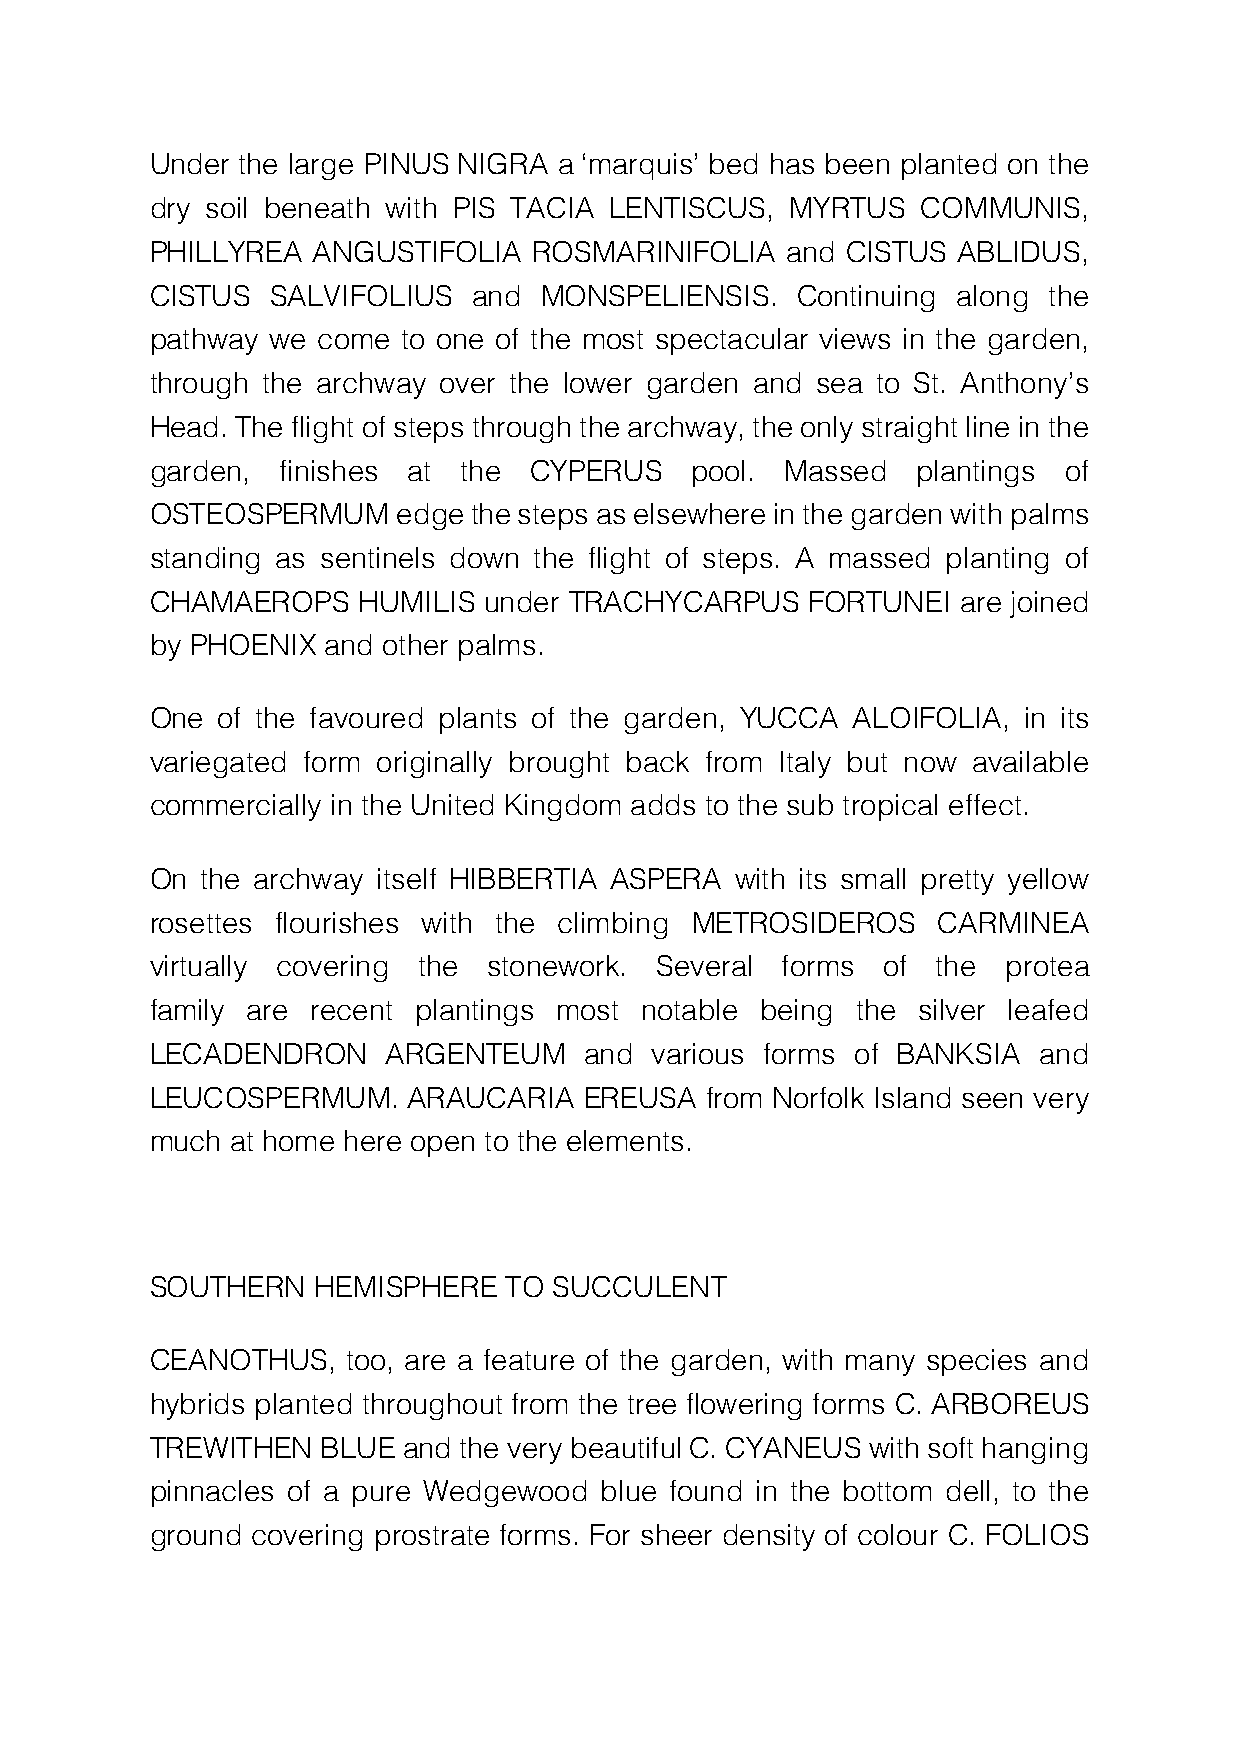
Under the large PINUS NIGRA a ‘marquis’ bed has been planted on the
 dry soil beneath with PIS TACIA LENTISCUS, MYRTUS  COMMUNIS,
 PHILLYREA  ANGUSTIFOLIA  ROSMARINIFOLIA   and CISTUS ABLIDUS,
 CISTUS  SALVIFOLIUS  and  MONSPELIENSIS.   Continuing along the
 pathway we come  to one of the most spectacular views in the garden,
 through the archway over the lower garden and sea to St. Anthony’s
 Head. The flight of steps through the archway, the only straight line in the
 garden,  finishes at the CYPERUS    pool. Massed   plantings of
 OSTEOSPERMUM    edge the steps as elsewhere in the garden with palms
 standing as sentinels down the flight of steps. A massed planting of
 CHAMAEROPS    HUMILIS under TRACHYCARPUS    FORTUNEI  are joined
 by PHOENIX and other palms.
 One of the favoured plants of the garden, YUCCA ALOIFOLIA, in its
 variegated form originally brought back from Italy but now available
 commercially in the United Kingdom adds to the sub tropical effect.
 On the archway itself HIBBERTIA ASPERA with its small pretty yellow
 rosettes flourishes with the climbing METROSIDEROS  CARMINEA
 virtually covering the stonework. Several forms of  the  protea
 family are recent plantings most notable being the silver leafed
 LECADENDRON     ARGENTEUM    and various forms of BANKSIA  and
 LEUCOSPERMUM.    ARAUCARIA   EREUSA  from Norfolk Island seen very
 much at home here open to the elements.
 SOUTHERN   HEMISPHERE  TO  SUCCULENT
 CEANOTHUS,   too, are a feature of the garden, with many species and
 hybrids planted throughout from the tree flowering forms C. ARBOREUS
 TREWITHEN  BLUE  and the very beautiful C. CYANEUS with soft hanging
 pinnacles of a pure Wedgewood blue found in the bottom dell, to the
 ground covering prostrate forms. For sheer density of colour C. FOLIOS